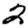
Digit: 2